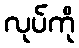
လုပ်ကို